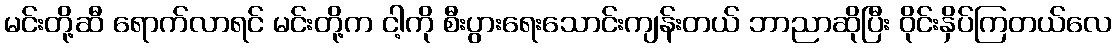
မင်းတို့ဆီ ရောက်လာရင် မင်းတို့က ငါ့ကို စီးပွားရေးသောင်းကျန်းတယ် ဘာညာဆိုပြီး ဝိုင်းနှိပ်ကြတယ်လေ